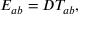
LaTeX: { \cal E } _ { a b } = D { \cal T } _ { a b } ,